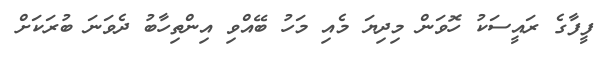
ފީފާގެ ރައީސަކު ހޮވަން މިދިޔަ މެއި މަހު ބޭއްވި އިންތިހާބު ދެވަނަ ބުރަކަށް